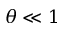
\theta \ll 1